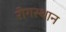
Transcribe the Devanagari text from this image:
रोगस्थान